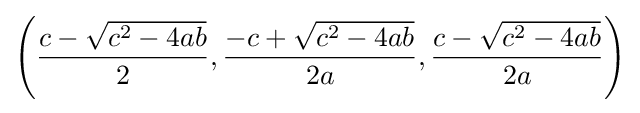
\left({\frac {c-{\sqrt {c^{2}-4ab}}}{2}},{\frac {-c+{\sqrt {c^{2}-4ab}}}{2a}},{\frac {c-{\sqrt {c^{2}-4ab}}}{2a}}\right)